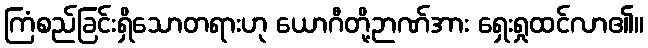
ကြံစည်ခြင်းရှိသောတရားဟု ယောဂီတို့ဉာဏ်အား ရှေးရှုထင်လာ၏။